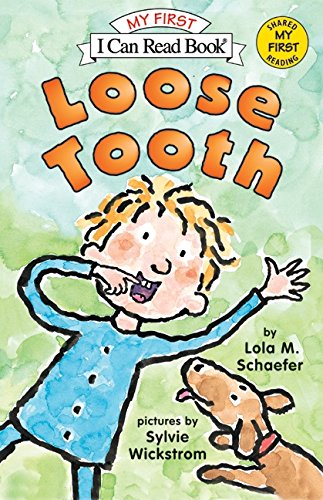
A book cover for Loose Tooth (My First I Can Read); Lola M. Schaefer; Children's Books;